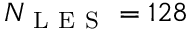
N _ { \mathrm { ~ L ~ E ~ S ~ } } = 1 2 8